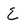
Character: E